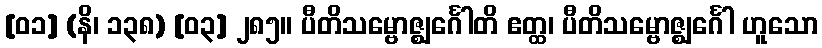
[၀၁] (နိ၊ ၁၃၈) [၀၃] ၂၈၅။ ပီတိသမ္ဗောဇ္ဈင်္ဂေါတိ ဧတ္ထ၊ ပီတိသမ္ဗောဇ္ဈင်္ဂေါ ဟူသော